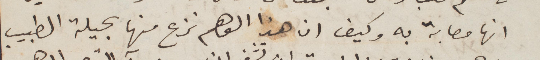
انها مصابة به كيف ان هذا الوهم نزع منها بحيلة الطبيب